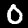
Digit: 0